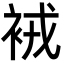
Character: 䘬